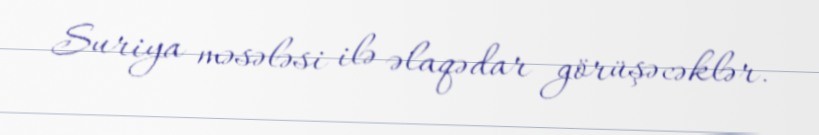
Suriya məsələsi ilə əlaqədar görüşəcəklər.